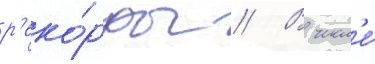
р'еко́рды // В числ'е́